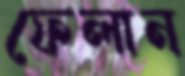
ফেলান